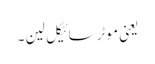
یعنی موٹرسائیکل لین ۔